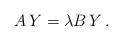
LaTeX: \begin{align*}A\,Y=\lambda B\,Y\, .\end{align*}